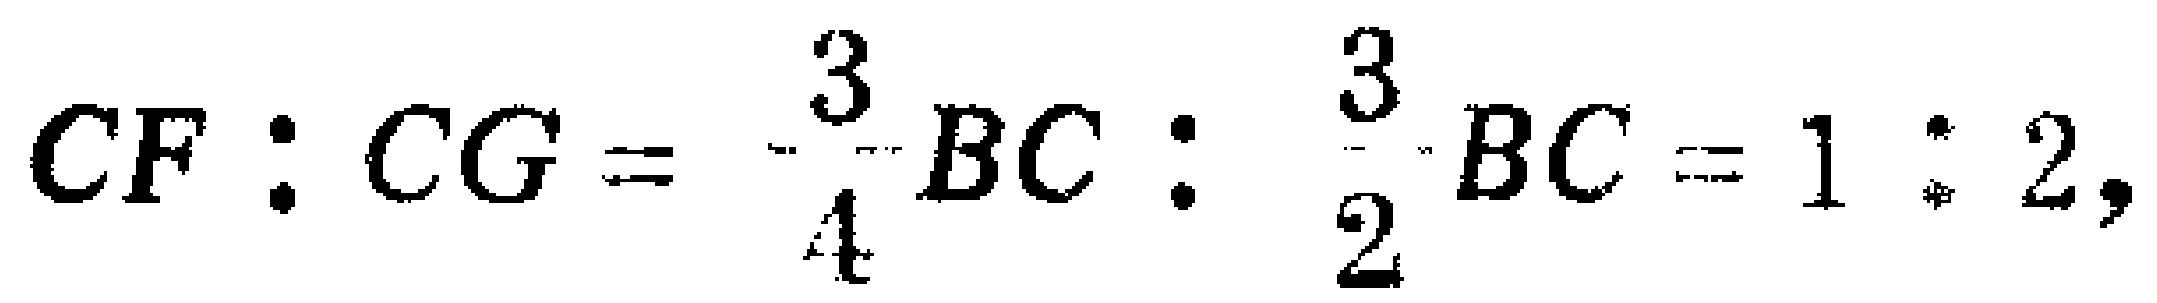
$CF:CG=\frac{3}{4}BC:\frac{3}{2}BC = 1:2,$